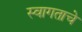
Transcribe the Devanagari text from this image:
स्वागताचे